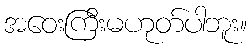
အဝေးကြီးမဟုတ်ပါဘူး။